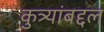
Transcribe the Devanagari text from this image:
कुत्र्यांबद्दल